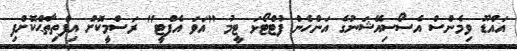
އައްޑޫ ވިމެންސް އެސޯސިއޭޝަނުގެ އަންހެން ފުޓްޓޯޅަ ޓީމު "އަވަ އެފްޓީ" ރަސްމީކޮށް އިފްތިތާޙްކޮށްފި